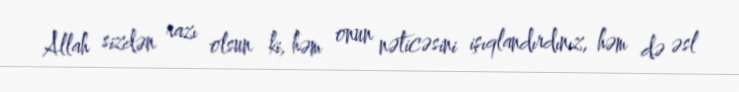
Allah sizdən razı olsun ki, həm onun nəticəsini işıqlandırdınız, həm də əsl